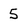
Character: 5